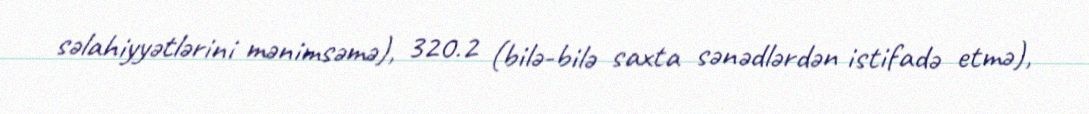
səlahiyyətlərini mənimsəmə), 320.2 (bilə-bilə saxta sənədlərdən istifadə etmə),